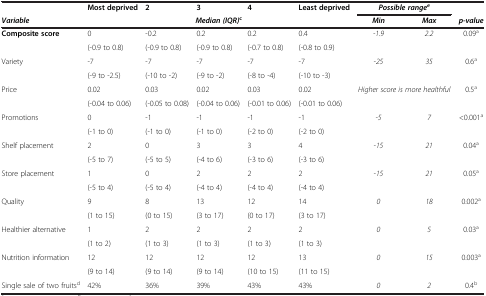
<table><thead><tr><td rowspan="2"><b><i>Variable</i></b></td><td><b>Most deprived</b></td><td><b>2</b></td><td><b>3</b></td><td><b>4</b></td><td><b>Least deprived</b></td><td colspan="2"><b><i>Possible range</i><sup><i>e</i></sup></b></td><td><b> </b></td></tr><tr><td><b> </b></td><td><b> </b></td><td colspan="3"><b><i>Median (IQR)</i><sup>c</sup></b></td><td><b><i>Min</i></b></td><td><b><i>Max</i></b></td><td><b><i>p-value</i></b></td></tr></thead><tbody><tr><td rowspan="2"><b>Composite score</b></td><td>0</td><td>-0.2</td><td>0.2</td><td>0.2</td><td>0.4</td><td rowspan="2"><i>-1.9</i></td><td rowspan="2"><i>2.2</i></td><td rowspan="2">0.09<sup>a</sup></td></tr><tr><td>(-0.9 to 0.8)</td><td>(-0.9 to 0.8)</td><td>(-0.9 to 0.8)</td><td>(-0.7 to 0.8)</td><td>(-0.8 to 0.9)</td></tr><tr><td rowspan="2">Variety</td><td>-7</td><td>-7</td><td>-7</td><td>-7</td><td>-7</td><td rowspan="2"><i>-25</i></td><td rowspan="2"><i>35</i></td><td rowspan="2">0.6<sup>a</sup></td></tr><tr><td>(-9 to -2.5)</td><td>(-10 to -2)</td><td>(-9 to -2)</td><td>(-8 to -4)</td><td>(-10 to -3)</td></tr><tr><td rowspan="2">Price</td><td>0.02</td><td>0.03</td><td>0.02</td><td>0.03</td><td>0.02</td><td rowspan="2" colspan="2"><i>Higher score is more healthful</i></td><td rowspan="2">0.5<sup>a</sup></td></tr><tr><td>(-0.04 to 0.06)</td><td>(-0.05 to 0.08)</td><td>(-0.04 to 0.06)</td><td>(-0.01 to 0.06)</td><td>(-0.01 to 0.06)</td></tr><tr><td rowspan="2">Promotions</td><td>0</td><td>-1</td><td>-1</td><td>-1</td><td>-1</td><td rowspan="2"><i>-5</i></td><td rowspan="2"><i>7</i></td><td rowspan="2">&lt;0.001<sup>a</sup></td></tr><tr><td>(-1 to 0)</td><td>(-1 to 0)</td><td>(-1 to 0)</td><td>(-2 to 0)</td><td>(-2 to 0)</td></tr><tr><td rowspan="2">Shelf placement</td><td>2</td><td>0</td><td>3</td><td>3</td><td>4</td><td rowspan="2"><i>-15</i></td><td rowspan="2"><i>21</i></td><td rowspan="2">0.04<sup>a</sup></td></tr><tr><td>(-5 to 7)</td><td>(-5 to 5)</td><td>(-4 to 6)</td><td>(-3 to 6)</td><td>(-3 to 6)</td></tr><tr><td rowspan="2">Store placement</td><td>1</td><td>0</td><td>2</td><td>2</td><td>2</td><td rowspan="2"><i>-15</i></td><td rowspan="2"><i>21</i></td><td rowspan="2">0.05<sup>a</sup></td></tr><tr><td>(-5 to 4)</td><td>(-5 to 4)</td><td>(-4 to 4)</td><td>(-4 to 4)</td><td>(-4 to 4)</td></tr><tr><td rowspan="2">Quality</td><td>9</td><td>8</td><td>13</td><td>12</td><td>14</td><td rowspan="2"><i>0</i></td><td rowspan="2"><i>18</i></td><td rowspan="2">0.002<sup>a</sup></td></tr><tr><td>(1 to 15)</td><td>(0 to 15)</td><td>(3 to 17)</td><td>(0 to 17)</td><td>(3 to 17)</td></tr><tr><td rowspan="2">Healthier alternative</td><td>1</td><td>2</td><td>2</td><td>2</td><td>2</td><td rowspan="2"><i>0</i></td><td rowspan="2"><i>5</i></td><td rowspan="2">0.03<sup>a</sup></td></tr><tr><td>(1 to 2)</td><td>(1 to 3)</td><td>(1 to 3)</td><td>(1 to 3)</td><td>(1 to 3)</td></tr><tr><td rowspan="2">Nutrition information</td><td>12</td><td>12</td><td>12</td><td>12</td><td>13</td><td rowspan="2"><i>0</i></td><td rowspan="2"><i>15</i></td><td rowspan="2">0.003<sup>a</sup></td></tr><tr><td>(9 to 14)</td><td>(9 to 14)</td><td>(9 to 14)</td><td>(10 to 15)</td><td>(11 to 15)</td></tr><tr><td>Single sale of two fruits<sup>d</sup></td><td>42%</td><td>36%</td><td>39%</td><td>43%</td><td>43%</td><td><i>0</i></td><td><i>2</i></td><td>0.4<sup>b</sup></td></tr></tbody></table>